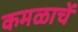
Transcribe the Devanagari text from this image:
कमळाचें